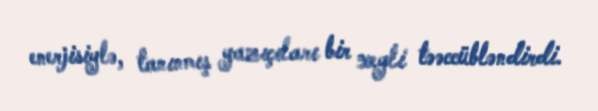
enerjisiylə, tanınmış yazıçıları bir xeyli təəccübləndirdi.